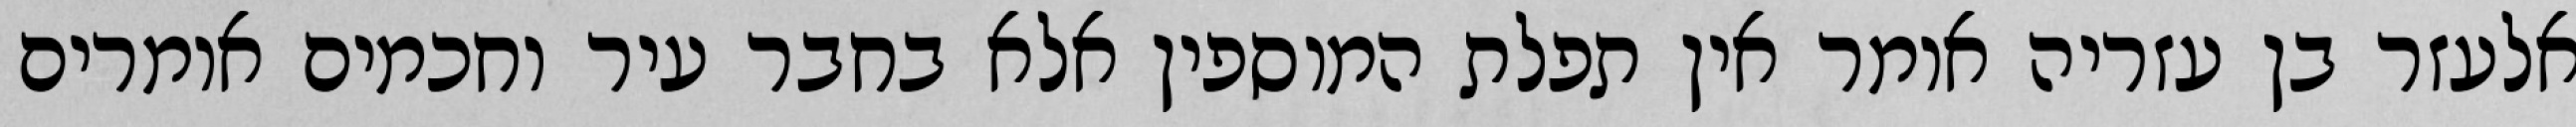
אלעזר בן עזריה אומר אין תפלת המוספין אלא בחבר עיר וחכמים אומרים